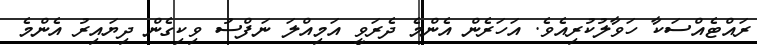
ރައްޓެއްސަކާ ހަވާލުކުރިއެވެ. އަހަރެން އެންމެ ދެރަވީ އަމިއްލަ ނަފްސު ވިކިގެން ދިޔައިރު އެންމެ